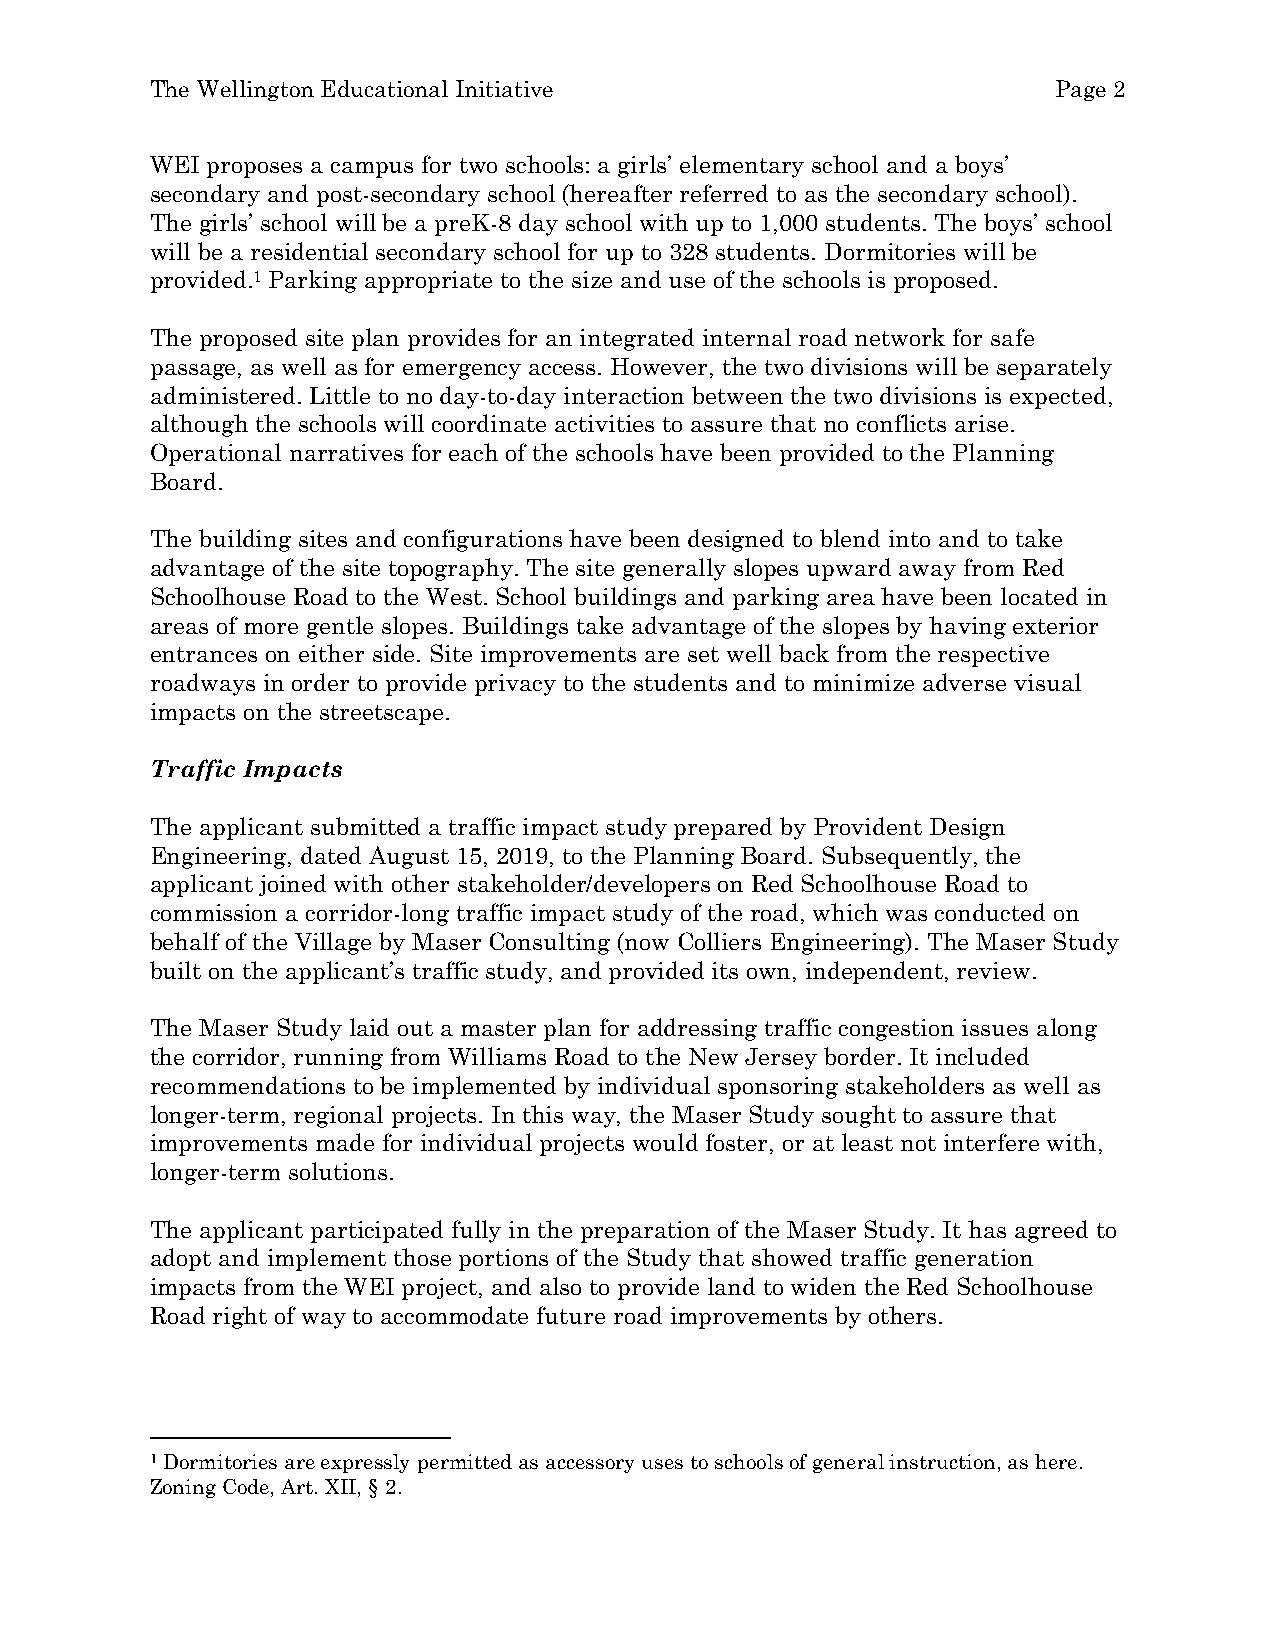
The Wellington Educational Initiative                       Page 2
 WEI proposes a campus for two schools: a girls’ elementary school and a boys’
 secondary and post-secondary school (hereafter referred to as the secondary school).
 The girls’ school will be a preK-8 day school with up to 1,000 students. The boys’ school
 will be a residential secondary school for up to 328 students. Dormitories will be
 provided.1 Parking appropriate to the size and use of the schools is proposed.
 The proposed site plan provides for an integrated internal road network for safe
 passage, as well as for emergency access. However, the two divisions will be separately
 administered. Little to no day-to-day interaction between the two divisions is expected,
 although the schools will coordinate activities to assure that no conflicts arise.
 Operational narratives for each of the schools have been provided to the Planning
 Board.
 The building sites and configurations have been designed to blend into and to take
 advantage of the site topography. The site generally slopes upward away from Red
 Schoolhouse Road to the West. School buildings and parking area have been located in
 areas of more gentle slopes. Buildings take advantage of the slopes by having exterior
 entrances on either side. Site improvements are set well back from the respective
 roadways in order to provide privacy to the students and to minimize adverse visual
 impacts on the streetscape.
 Traffic Impacts
 The applicant submitted a traffic impact study prepared by Provident Design
 Engineering, dated August 15, 2019, to the Planning Board. Subsequently, the
 applicant joined with other stakeholder/developers on Red Schoolhouse Road to
 commission a corridor-long traffic impact study of the road, which was conducted on
 behalf of the Village by Maser Consulting (now Colliers Engineering). The Maser Study
 built on the applicant’s traffic study, and provided its own, independent, review.
 The Maser Study laid out a master plan for addressing traffic congestion issues along
 the corridor, running from Williams Road to the New Jersey border. It included
 recommendations to be implemented by individual sponsoring stakeholders as well as
 longer-term, regional projects. In this way, the Maser Study sought to assure that
 improvements made for individual projects would foster, or at least not interfere with,
 longer-term solutions.
 The applicant participated fully in the preparation of the Maser Study. It has agreed to
 adopt and implement those portions of the Study that showed traffic generation
 impacts from the WEI project, and also to provide land to widen the Red Schoolhouse
 Road right of way to accommodate future road improvements by others.
 1 Dormitories are expressly permitted as accessory uses to schools of general instruction, as here.
 Zoning Code, Art. XII, § 2.